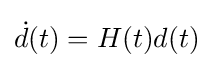
{\dot {d}}(t)=H(t)d(t)